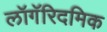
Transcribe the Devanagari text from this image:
लॉगॅरिदमिक